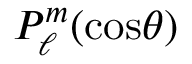
P _ { \ell } ^ { m } ( \mathrm { c o s } \theta )